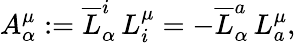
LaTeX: A_{\alpha}^{\mu}:=\overline{{{L}}}_{\alpha}^{i}\, L_{i}^{\mu}=-\overline{{{L}}}_{\alpha}^{a}\, L_{a}^{\mu},